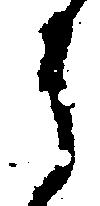
う